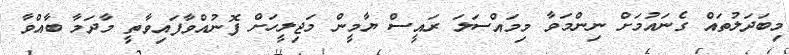
މިބަދަލުތައް ގެނައުމަށް ނިންމަވާ މިމައްސަލަ ރައީސް ޔާމީން މަޖިލީހަށް ފޮނުއްވާފައިވާތީ މާދަމާ ބާއްވާ